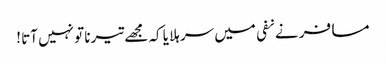
مسافر نے نفی میں سر ہلا یا کہ مجھے تیرنا تو نہیں آتا !